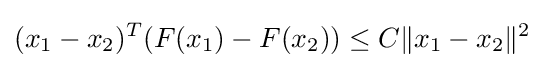
(x_{1}-x_{2})^{T}(F(x_{1})-F(x_{2}))\leq C\Vert x_{1}-x_{2}\Vert ^{2}